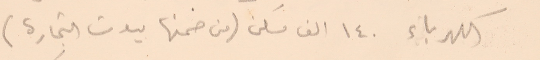
الكهرباء ١٤٠ الف مسكن (من ضمنها بيوت التجارة)